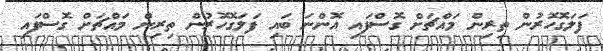
ފަލަގޮހޮރުން ތިރިން މައްޗަށް ގޮސްފައި އޮންނަ ބައި ފަލަގޮހޮރުން ތިރިން މައްޗަށް ގޮސްފައި